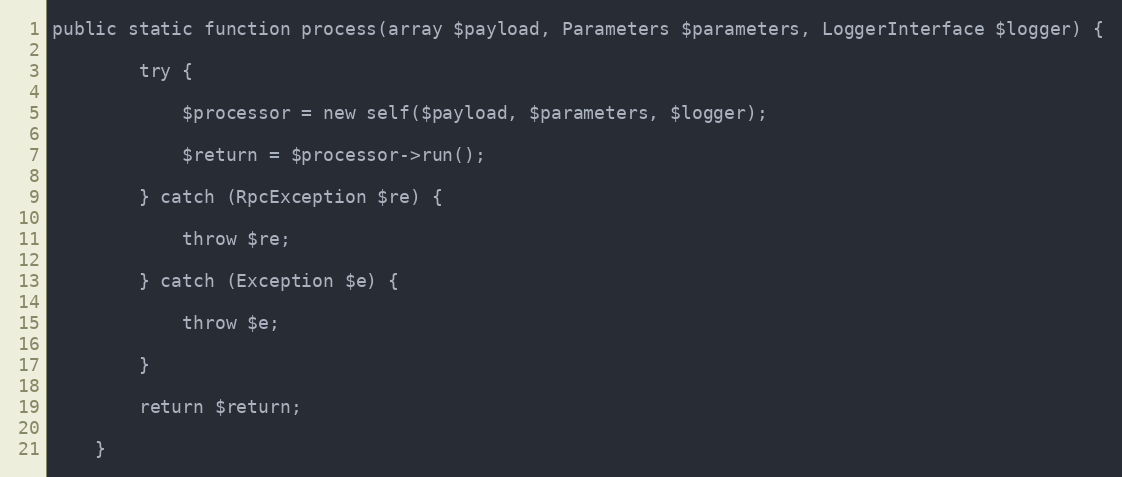
Language: PHP
public static function process(array $payload, Parameters $parameters, LoggerInterface $logger) {

        try {

            $processor = new self($payload, $parameters, $logger);

            $return = $processor->run();

        } catch (RpcException $re) {

            throw $re;

        } catch (Exception $e) {

            throw $e;

        }

        return $return;

    }